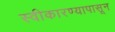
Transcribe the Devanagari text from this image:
स्वीकारण्यापासून